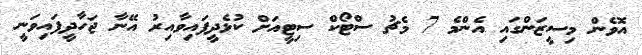
އޮވެން މިސީޒަންގައި އެންމެ 7 މެޗު ސްޓޯކް ސިޓީއަށް ކުޅެދީފައިވާއިރު އޭނާ ޖަހާދީފައިވަނީ